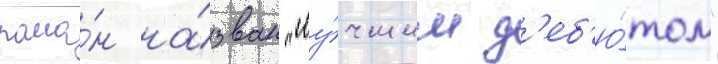
рома́н на́зван "лу́чшим д'еб'ю́том"